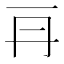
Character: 𠕂